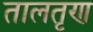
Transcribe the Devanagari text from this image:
तालतृण